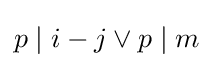
p\mid i-j\lor p\mid m